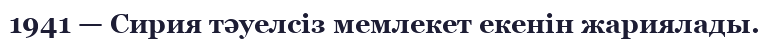
1941 — Сирия тәуелсіз мемлекет екенін жариялады.